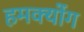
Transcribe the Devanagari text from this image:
हमक्योंग